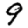
Digit: 9